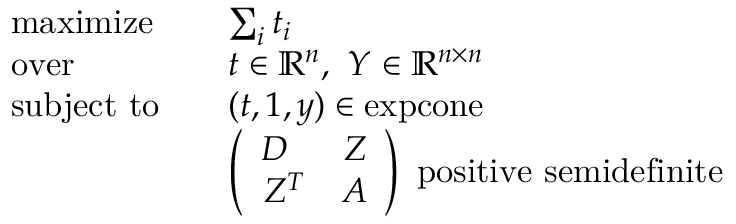
\begin{array} { r l r l } & { \mathrm { m a x i m i z e } } & & { \sum _ { i } t _ { i } } \\ & { \mathrm { o v e r } } & & { t \in \mathbb { R } ^ { n } , \ Y \in \mathbb { R } ^ { n \times n } } \\ & { \mathrm { s u b j e c t ~ t o } } & & { ( t , 1 , y ) \in \mathrm { e x p c o n e } } \\ & { } & & { \left( \begin{array} { r r r r r r } { D \phantom { ^ T } } & { Z } \\ { Z ^ { T } } & { A } \end{array} \right) \mathrm { ~ p o s i t i v e ~ s e m i d e f i n i t e } } \end{array}